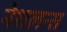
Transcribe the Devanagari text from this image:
नेशलन्स